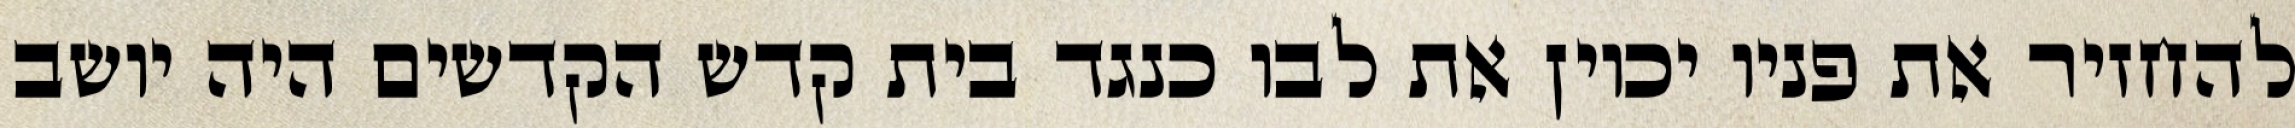
להחזיר את פניו יכוין את לבו כנגד בית קדש הקדשים היה יושב